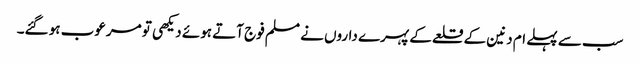
سب سے پہلے ام دنین کے قلعے کے پہرے داروں نے مسلم فوج آتے ہوئے دیکھی تو مرعوب ہو گئے۔